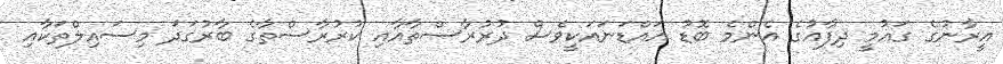
އީރާނުގެ ގައުމީ ދިފާއުގެ އެންމެ ބޮޑު އައްޑަނައަކީވެސް ދުރުރާސްތާއާއި ކުރުރާސްތާގެ ބާރުގަދަ މިސައިލްތަކާއި